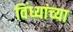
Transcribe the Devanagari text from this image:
विंध्यांच्या